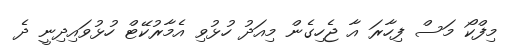
މިފްކޯ މަސް ފިހާރަ އާ ޖެހިގެން މިއަދު ހުޅުވި އެމާރުކޭޓް ހުޅުވައިދިނީ ދެ